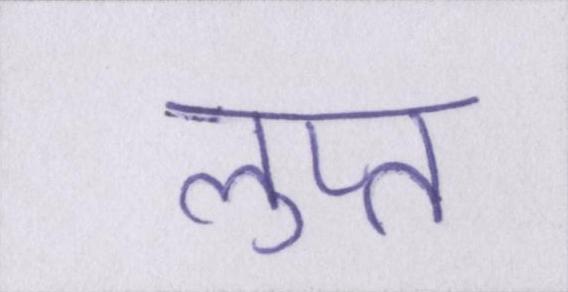
लुप्त